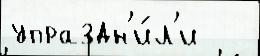
упраздн'и́л'и